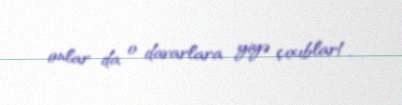
onlar da o davarlara yiyə çıxıblar!.